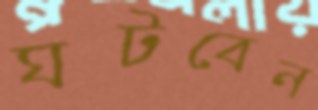
ঘটবেন